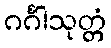
ဂင်္ဂါသုတ္တံ